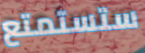
ستستمتع